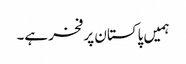
ہمیں پاکستان پر فخر ہے۔